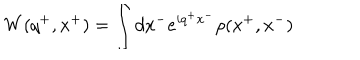
W ( q ^ { + } , x ^ { + } ) = \int d x ^ { - } e ^ { i q ^ { + } x ^ { - } } \rho ( x ^ { + } , x ^ { - } )